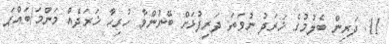
11. ދަރިން ބެލުމުގެ ޚަރަދު ނުވަތަ ދަރިފުޅަށް ބޭނުންވާ ހުރިހާ ޚަރަދެއް މަންމަ/ބައްޕަ